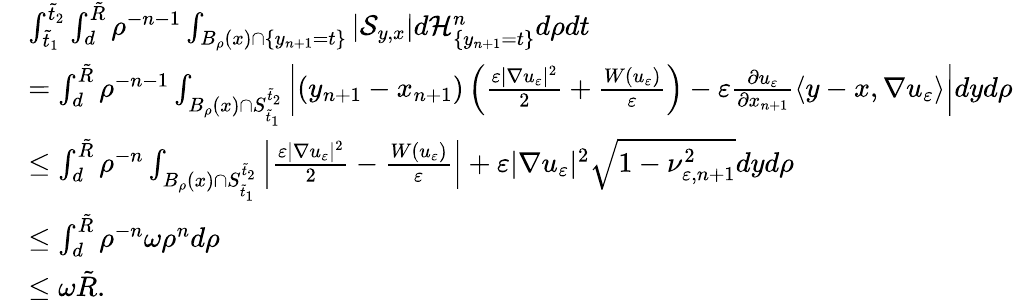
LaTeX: \begin{array}{rl}&{\int_{\tilde{t}_{1}}^{\tilde{t}_{2}}\int_{d}^{\tilde{R}}\rho^{-n-1}\int_{B_{\rho}(x)\cap\{ y_{n+1}=t\} }\left|\mathcal S_{y,x}\right|d\mathcal H_{\{ y_{n+1}=t\} }^{n}d\rho dt}\\ &{=\int_{d}^{\tilde{R}}\rho^{-n-1}\int_{B_{\rho}(x)\cap S_{\tilde{t}_{1}}^{\tilde{t}_{2}}}\left|(y_{n+1}-x_{n+1})\left(\frac{\varepsilon|\nabla u_{\varepsilon}|^{2}}{2}+\frac{W(u_{\varepsilon})}{\varepsilon}\right)-\varepsilon\frac{\partial u_{\varepsilon}}{\partial x_{n+1}}\langle y-x,\nabla u_{\varepsilon}\rangle\right|dyd\rho}\\ &{\leq\int_{d}^{\tilde{R}}\rho^{-n}\int_{B_{\rho}(x)\cap S_{\tilde{t}_{1}}^{\tilde{t}_{2}}}\left|\frac{\varepsilon|\nabla u_{\varepsilon}|^{2}}{2}-\frac{W(u_{\varepsilon})}{\varepsilon}\right|+\varepsilon|\nabla u_{\varepsilon}|^{2}\sqrt{1-\nu_{\varepsilon,n+1}^{2}}dyd\rho}\\ &{\leq\int_{d}^{\tilde{R}}\rho^{-n}\omega\rho^{n}d\rho}\\ &{\leq\omega\tilde{R}.}\end{array}